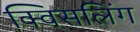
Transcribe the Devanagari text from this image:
क्विसलिंग